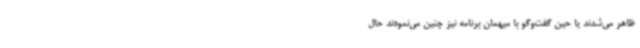
ظاهر می‌شدند یا حین گفت‌وگو با میهمان برنامه نیز چنین می‌نمودند حال